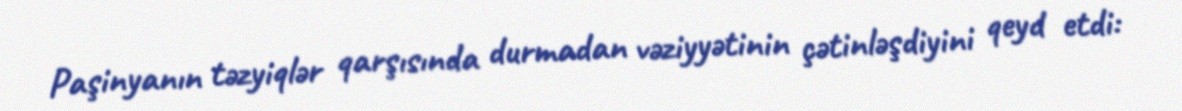
Paşinyanın təzyiqlər qarşısında durmadan vəziyyətinin çətinləşdiyini qeyd etdi: